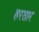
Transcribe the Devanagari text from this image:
हरतार